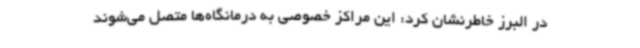
در البرز خاطرنشان کرد: این مراکز خصوصی به درمانگاه‌ها متصل می‌شوند